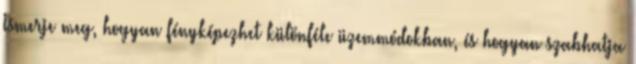
Ismerje meg, hogyan fényképezhet különféle üzemmódokban, és hogyan szabhatja